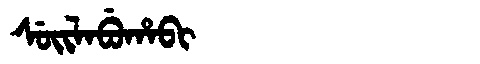
Manchu: ᠰᡠᡳᠯᠠᠪᡠᡥᠠᠪᡳ
Romanization: SUILABUHABI